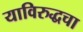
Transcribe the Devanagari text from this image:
याविरुद्धचा